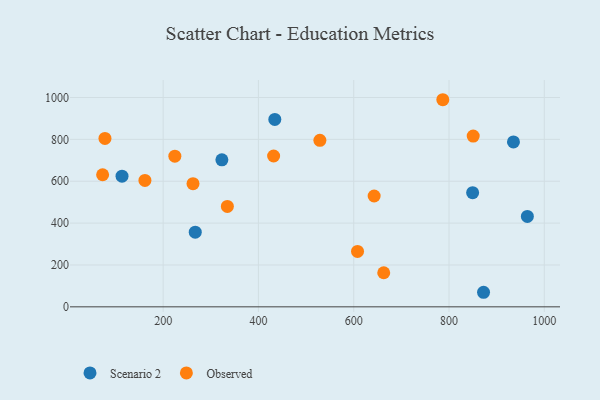
{"axis": {"x": "Study Hours", "y": "Rating"}, "legend": ["Observed", "Scenario 2"], "data": [{"x": "872.5", "y": 69.6, "type": "Scenario 2"}, {"x": "935.3", "y": 787.7, "type": "Scenario 2"}, {"x": "964.5", "y": 431.9, "type": "Scenario 2"}, {"x": "267.4", "y": 356.8, "type": "Scenario 2"}, {"x": "849.6", "y": 545.2, "type": "Scenario 2"}, {"x": "323.3", "y": 702.4, "type": "Scenario 2"}, {"x": "434.4", "y": 895.4, "type": "Scenario 2"}, {"x": "113.7", "y": 624.1, "type": "Scenario 2"}, {"x": "334.8", "y": 479.8, "type": "Observed"}, {"x": "787.0", "y": 989.4, "type": "Observed"}, {"x": "642.9", "y": 529.5, "type": "Observed"}, {"x": "262.7", "y": 588.6, "type": "Observed"}, {"x": "224.6", "y": 719.9, "type": "Observed"}, {"x": "663.0", "y": 162.9, "type": "Observed"}, {"x": "850.8", "y": 815.6, "type": "Observed"}, {"x": "529.0", "y": 795.5, "type": "Observed"}, {"x": "73.0", "y": 631.0, "type": "Observed"}, {"x": "161.8", "y": 604.1, "type": "Observed"}, {"x": "77.9", "y": 804.3, "type": "Observed"}, {"x": "608.0", "y": 264.7, "type": "Observed"}, {"x": "431.9", "y": 720.6, "type": "Observed"}]}